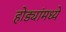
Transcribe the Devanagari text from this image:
होड्यांमध्ये